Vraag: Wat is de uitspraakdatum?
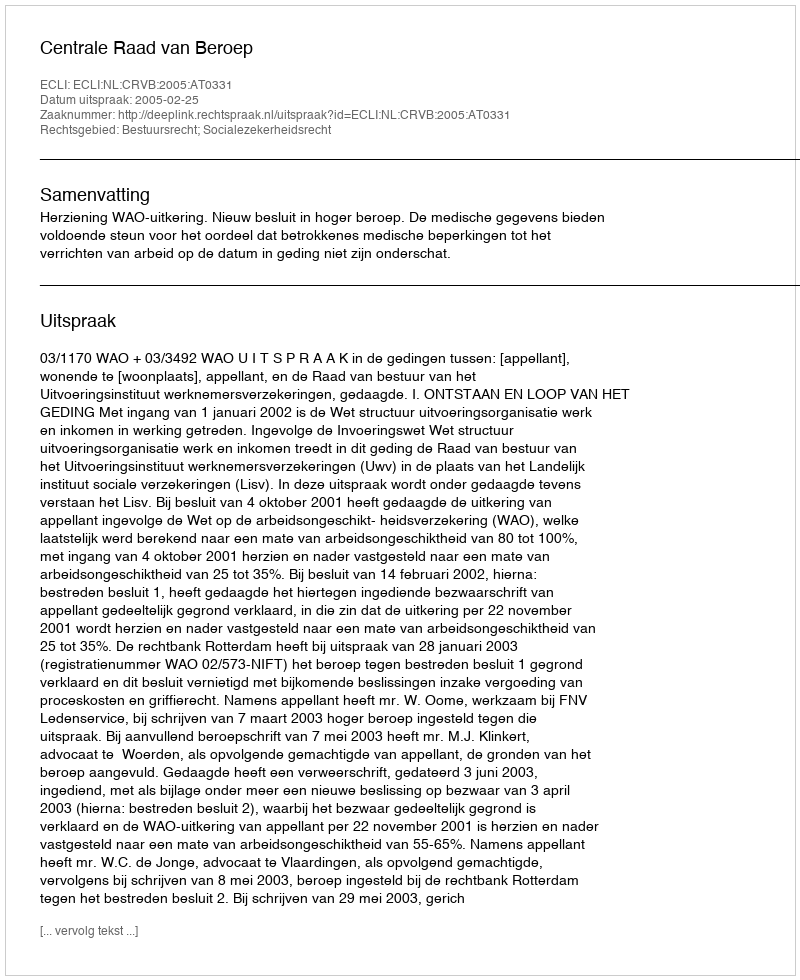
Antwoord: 2005-02-25